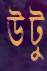
উটু